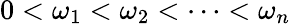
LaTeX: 0<\omega_{1}<\omega_{2}<\cdots<\omega_{n}